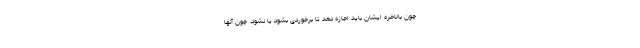
چون بالاخره ایشان باید اجازه دهد تا برخوردی بشود یا نشود. چون آنها